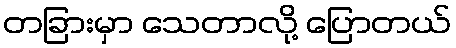
တခြားမှာ သေတာလို့ ပြောတယ်